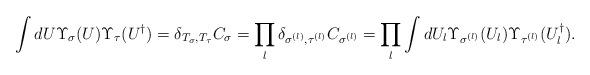
LaTeX: \begin{align*}\int d U \Upsilon_{\sigma} (U) \Upsilon_{\tau}(U^{\dagger}) = \delta_{T_\sigma, T_{\tau}}C_\sigma= \prod_{l}\delta_{\sigma^{(l)},\tau^{(l)}}C_{\sigma^{(l)}}=\prod_{l}\int d U_l\Upsilon_{\sigma^{(l)}} (U_l)\Upsilon_{\tau^{(l)}}(U_l^{\dagger}).\end{align*}